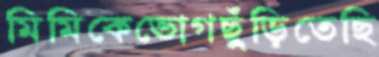
মিমিকেভোগছুঁড়িতেছি